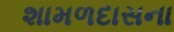
શામળદાસના